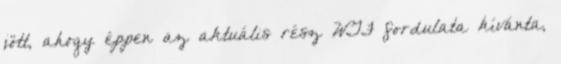
jött, ahogy éppen az aktuális rész WTF fordulata kívánta,